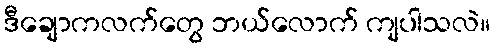
ဒီချောကလက်တွေ ဘယ်လောက် ကျပါသလဲ။